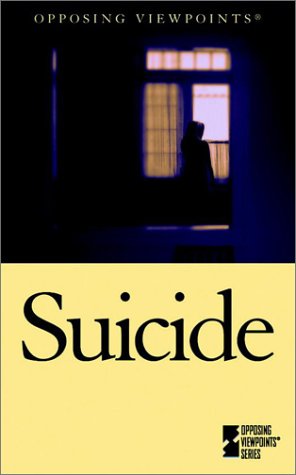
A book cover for Opposing Viewpoints Series - Suicide (hardcover edition); Teen & Young Adult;